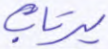
يرتاب